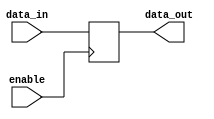
module EnableLatch (
    input wire enable,
    input wire data_in,
    output reg data_out
);

always @(posedge enable)
begin
    if(enable == 1'b1)
        data_out <= data_in;
end

endmodule